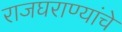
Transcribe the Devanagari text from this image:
राजघराण्यांचे